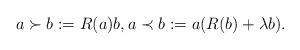
LaTeX: \begin{align*}a\succ b := R(a) b, a\prec b := a(R(b) +\lambda b).\end{align*}